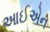
આઈએન